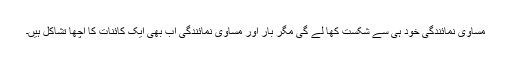
مساوی نمائندگی خود ہی سے شکست کھا لے گی مگر بار اور مساوی نمائندگی اب بھی ایک کائنات کا اچھا تشاکل ہیں۔